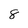
Character: 8